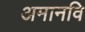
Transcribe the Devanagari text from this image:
अमानवि